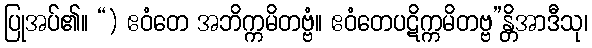
ပြုအပ်၏။ “) ဧဝံတေ အဘိက္ကမိတဗ္ဗံ။ ဧဝံတေပဋိက္ကမိတဗ္ဗ”န္တိအာဒီသု၊